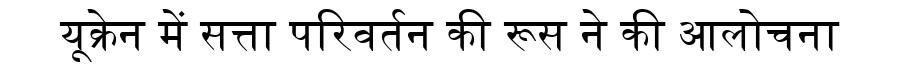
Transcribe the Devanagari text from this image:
यूक्रेन में सत्ता परिवर्तन की रूस ने की आलोचना